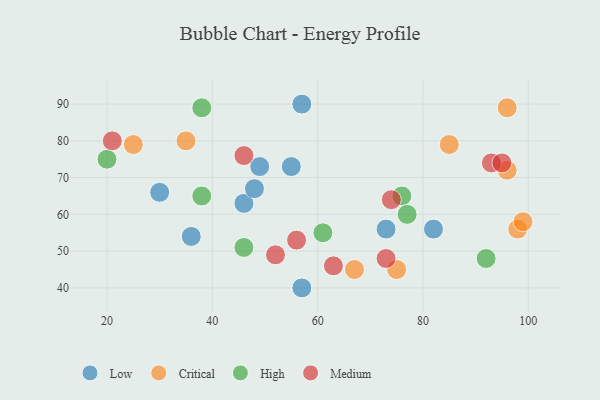
{"axis": {"x": "GDP", "y": "Life Expectancy"}, "legend": ["Critical", "High", "Low", "Medium"], "data": [{"x": "82", "y": 56, "type": "Low"}, {"x": "46", "y": 63, "type": "Low"}, {"x": "48", "y": 67, "type": "Low"}, {"x": "49", "y": 73, "type": "Low"}, {"x": "55", "y": 73, "type": "Low"}, {"x": "30", "y": 66, "type": "Low"}, {"x": "36", "y": 54, "type": "Low"}, {"x": "57", "y": 90, "type": "Low"}, {"x": "57", "y": 40, "type": "Low"}, {"x": "73", "y": 56, "type": "Low"}, {"x": "67", "y": 45, "type": "Critical"}, {"x": "98", "y": 56, "type": "Critical"}, {"x": "96", "y": 72, "type": "Critical"}, {"x": "99", "y": 58, "type": "Critical"}, {"x": "75", "y": 45, "type": "Critical"}, {"x": "96", "y": 89, "type": "Critical"}, {"x": "25", "y": 79, "type": "Critical"}, {"x": "35", "y": 80, "type": "Critical"}, {"x": "85", "y": 79, "type": "Critical"}, {"x": "76", "y": 65, "type": "High"}, {"x": "77", "y": 60, "type": "High"}, {"x": "92", "y": 48, "type": "High"}, {"x": "38", "y": 89, "type": "High"}, {"x": "61", "y": 55, "type": "High"}, {"x": "46", "y": 51, "type": "High"}, {"x": "20", "y": 75, "type": "High"}, {"x": "38", "y": 65, "type": "High"}, {"x": "46", "y": 76, "type": "Medium"}, {"x": "56", "y": 53, "type": "Medium"}, {"x": "63", "y": 46, "type": "Medium"}, {"x": "73", "y": 48, "type": "Medium"}, {"x": "74", "y": 64, "type": "Medium"}, {"x": "93", "y": 74, "type": "Medium"}, {"x": "21", "y": 80, "type": "Medium"}, {"x": "52", "y": 49, "type": "Medium"}, {"x": "95", "y": 74, "type": "Medium"}]}